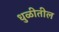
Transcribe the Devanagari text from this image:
धुळीतील